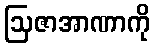
ဩဇာအာဏာကို